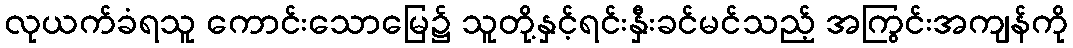
လုယက်ခံရသူ ကောင်းသောမြေ၌ သူတို့နှင့်ရင်းနှီးခင်မင်သည့် အကြွင်းအကျန်ကို